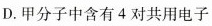
D.甲分子中含有4对共用电子